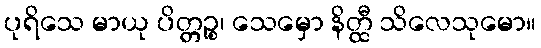
ပုရိသေ မာယု ပိတ္တဉ္စ၊ သေမှော နိတ္ထီ သိလေသုမော။